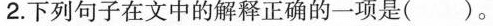
2.下列句子在文中的解释正确的一项是( )。